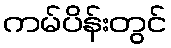
ကမ်ပိန်းတွင်